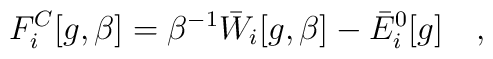
F^C_i[g,\beta]=\beta^{-1}\bar{W}_i[g,\beta]-\bar{E}^0_i[g]~~~,